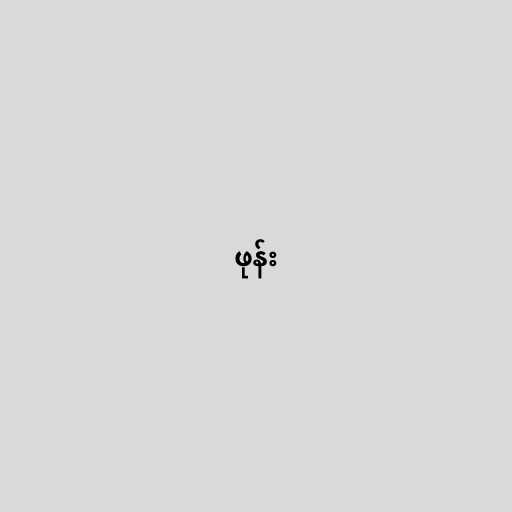
ဖုန်း